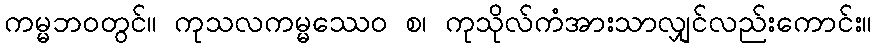
ကမ္မဘဝတွင်။ ကုသလကမ္မဿေဝ စ၊ ကုသိုလ်ကံအားသာလျှင်လည်းကောင်း။